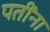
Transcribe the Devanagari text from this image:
पतींना